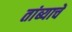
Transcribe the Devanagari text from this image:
तांब्याचें